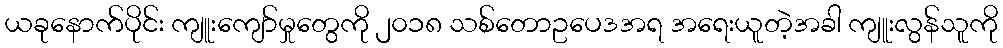
ယခုနောက်ပိုင်း ကျူးကျော်မှုတွေကို ၂၀၁၈ သစ်တောဥပေဒအရ အရေးယူတဲ့အခါ ကျူးလွန်သူကို